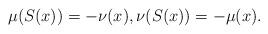
LaTeX: \begin{align*}\mu(S(x))=-\nu(x), \nu(S(x))=-\mu(x).\end{align*}